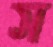
স